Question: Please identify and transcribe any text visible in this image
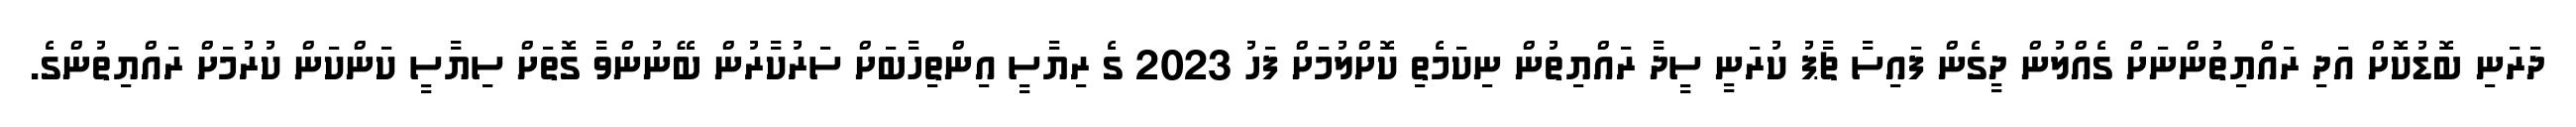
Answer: ދަރަނި ބޮޑުކޮށް އަދި ރައްޔިތުންނަށް ގެއްލުން ދީގެން ފައިސާ ޗާޕު ކުރަނީ ސީދާ ރައްޔިތުން ނިކަމެތި ކޮށްލުމަށް ފަހު 2023 ގެ ރިޔާސީ އިންތިހާބަށް ސަރުކާރުން ބޭނުންވާ ގޮތަށް ސިޔާސީ ކަންކަން ކުރުމަށް ރައްޔިތުންގެ.